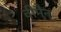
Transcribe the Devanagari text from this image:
वीमैन